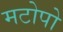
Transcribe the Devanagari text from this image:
मटोपो